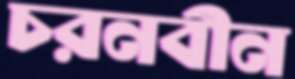
চরনবীন